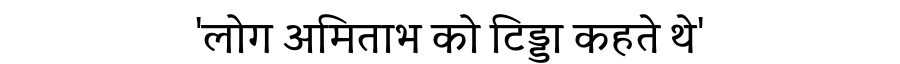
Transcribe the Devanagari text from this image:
'लोग अमिताभ को टिड्डा कहते थे'